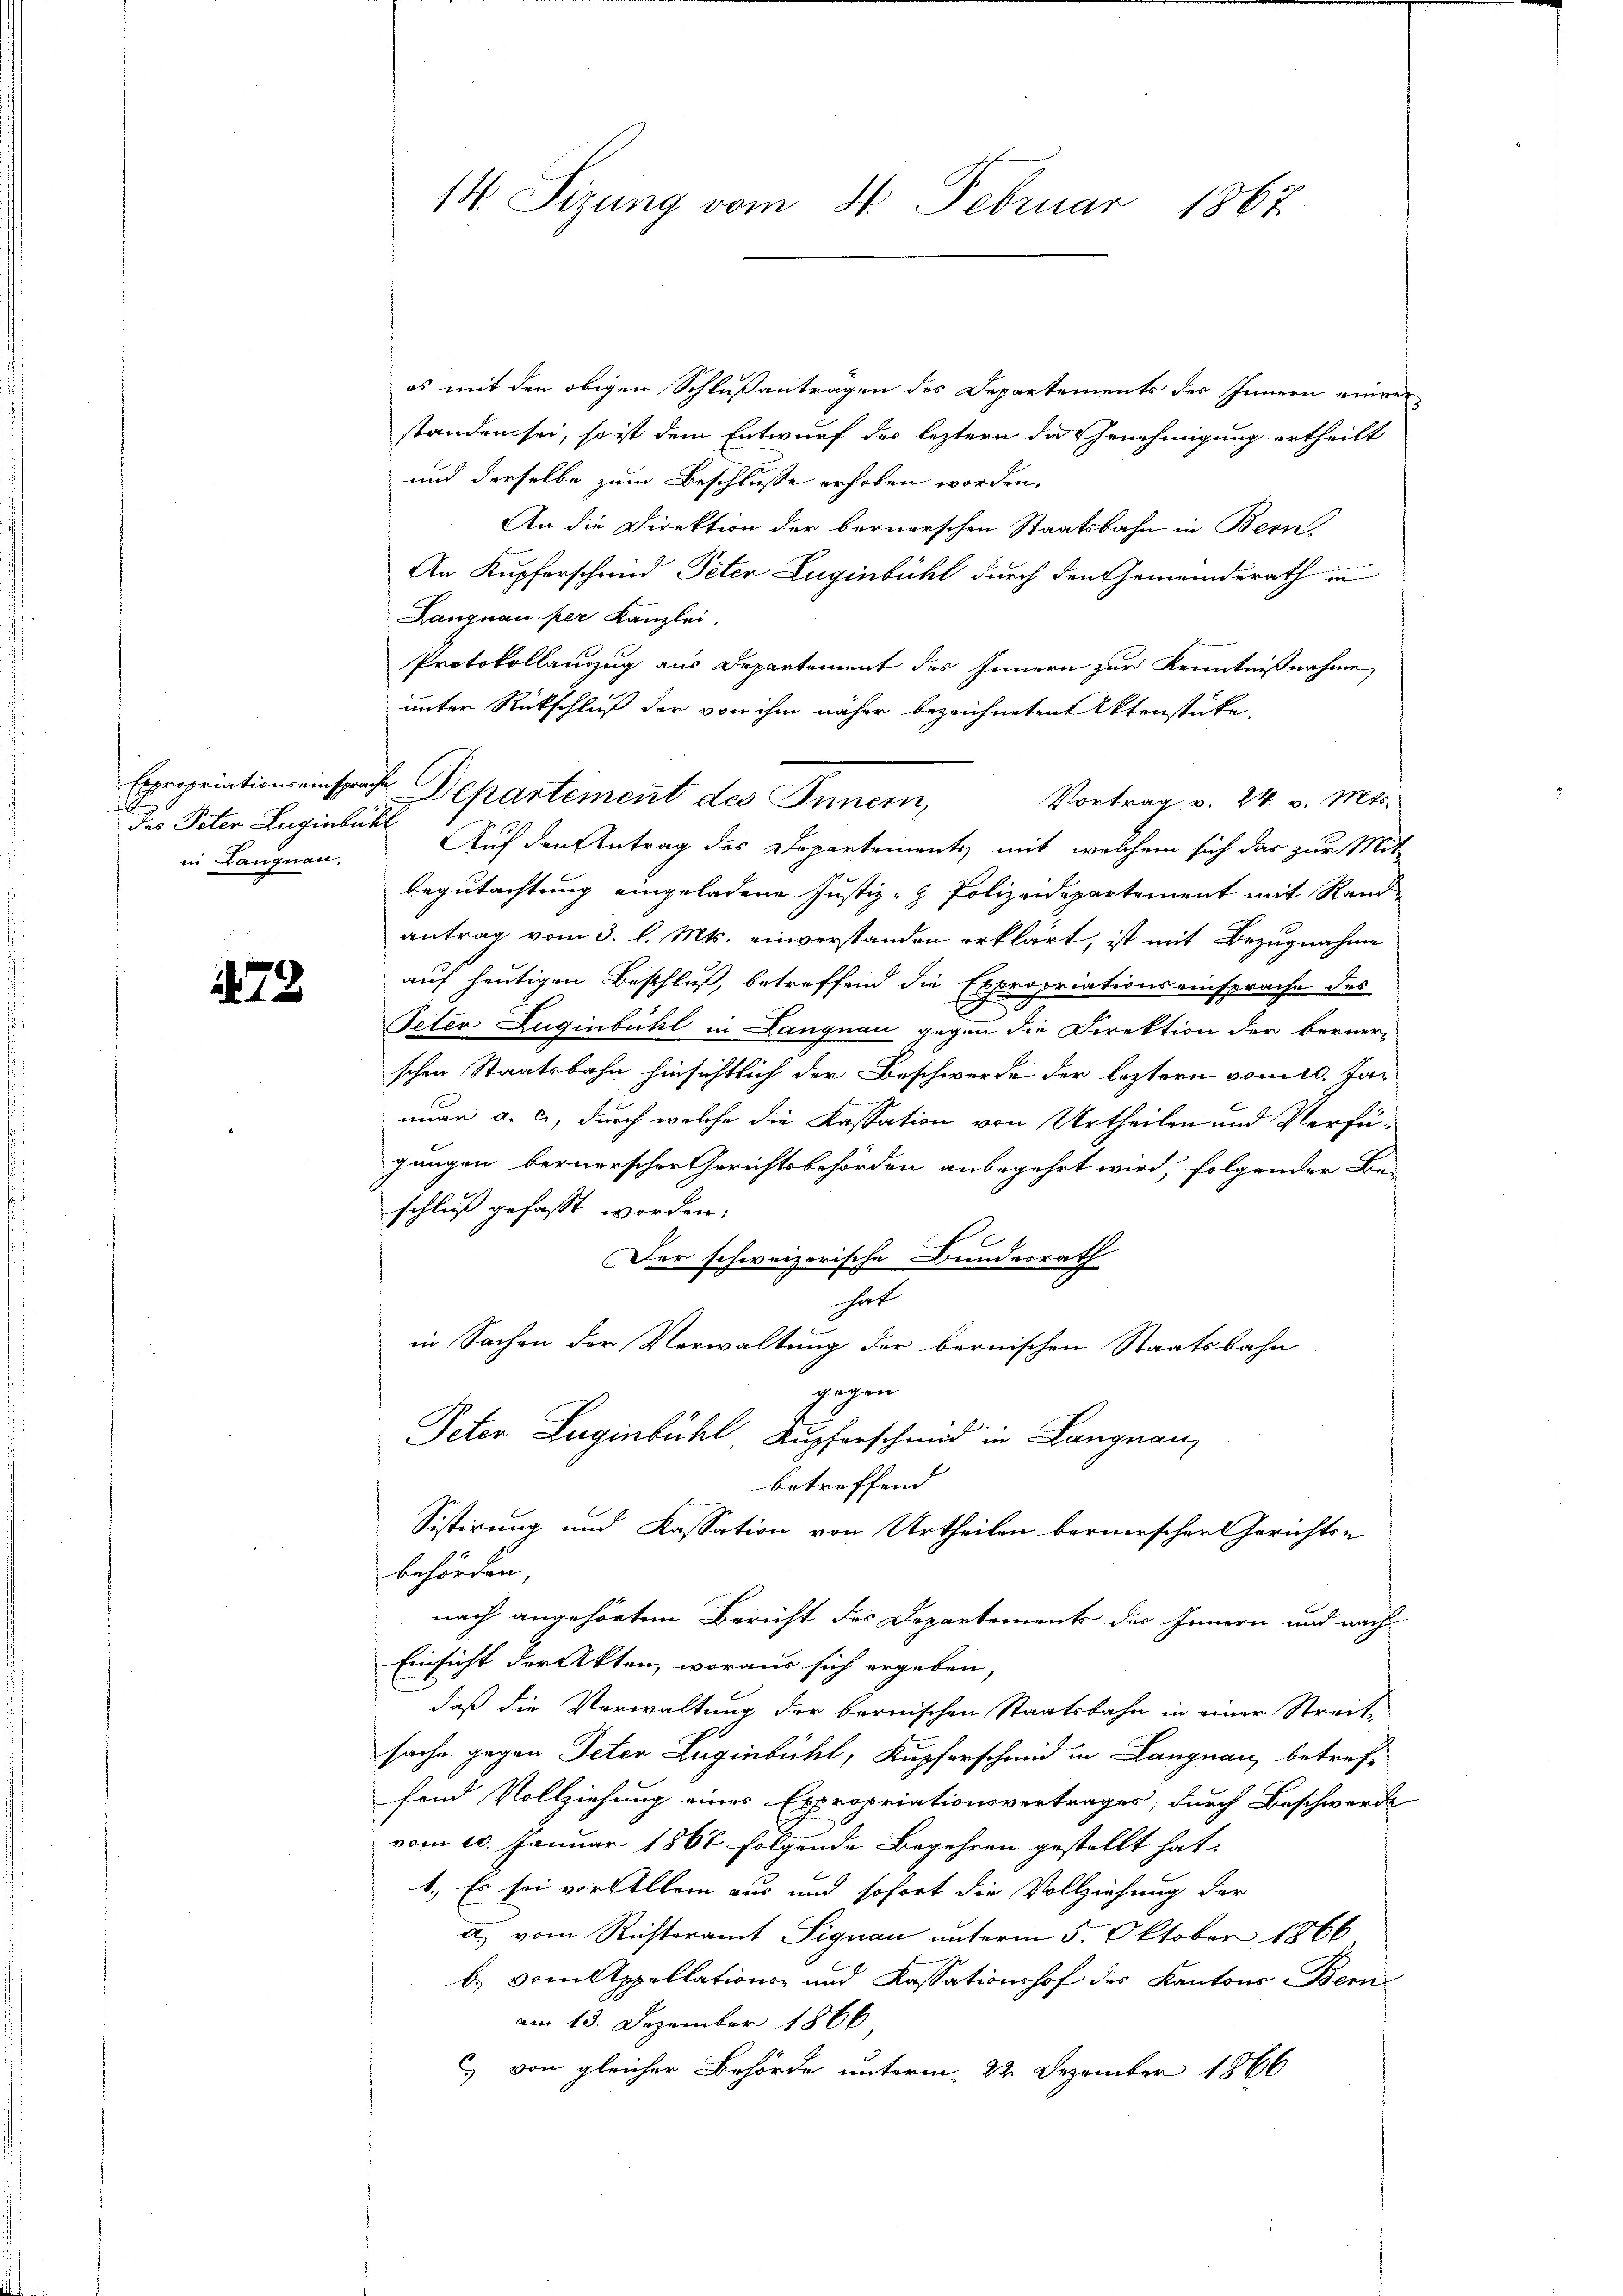
des Peter Zuginlückl
in Langnau.

473

14. Sizung vom 24. Februar 1867

es mit den obigen Schlußantragen des Departements des Innern einverstanden sei, so ist dem Entwurf des leztern die Genehmigung ertheilt
und derselbe zum Beschlusse erhoben worden.
An die Direktion der bernerschen Staatsbahn in Bern,
An Kupferschend Peter Zuginbühl durch den Gemeinderath in
Langnau per Kanzlei.
Protokollauszug aus Departement des Innern zur Kenntnißnahme
unter Rückschluß der von ihm näher bezeichneten Aktenstücke,
Expropriationseinsprache Departement des Innern,
Vortrag v. 24. v. Mts.
Auf den Antrag des Departements mit welchem sich das zur Mit
Begutachtung eingeladene Justiz- & Polizeidepartement mit Randantrag vom 3. l. Mts. einverstanden erklärt, ist mit Bezugnahme
auf heutigen Beschluß, betreffend die Expropriationseinsprache des
Peter Zuginbühl in Langnau gegen die Direktion der berner-
schen Staatsbahn hinsichtlich der Beschwerde der leztern vom 10. Januar a. c., durch welche die Kassation von Urtheilen und Verfügungen bernerscher Gerichtsbehörden anbegehrt wird, folgender Be-
schluß gefasst worden;
e
Der schweizerische Bundesrath
hat
in Sachen der Verwaltung der bernischen Staatsbahn
gegen
Peter Luginbühl, Kupferschmid in Langnau
betreffend
Sistirung und Kassation von Urtheilen bernerscher Gerichts-
behörden,
nach angehörten Bericht des Departements des Innern und nach
Einsicht der Akten, woraus sich ergeben,
daß die Verwaltung der bernischen Staatsbahn in einer Streitsache gegen Peter Luginbühl, Kupferschmid in Langnau, betreffend Vollziehung eines Expropriationsvertrages, durch Beschwerde
vom 10. Januar 1867 folgende Begehren gestellt hat.
1.) Es sei vor Allem aus und sofort die Vollziehung der
a) vom Richteramt Signau unterm 5. Oktober 1866
b. vom Appellations- und Kassationshof des Kantons Beiam 13. Dezember 1866
) von gleicher Behörde unterm 22. Dezember 1866